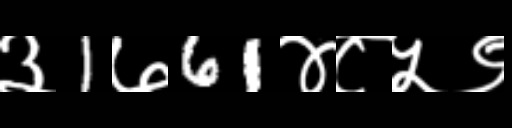
Text: ३1७61४८५९